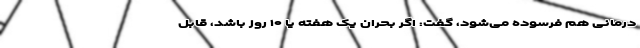
درمانی هم فرسوده می‌شود، گفت: اگر بحران یک هفته یا ۱۰ روز باشد، قابل